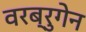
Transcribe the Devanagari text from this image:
वरब्रुगेन